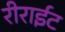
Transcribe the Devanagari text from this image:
रीराईट